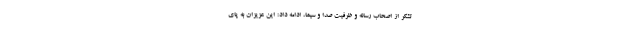
تشکر از اصحاب رسانه و ظرفیت صدا و سیما، ادامه داد: این عزیزان به پای